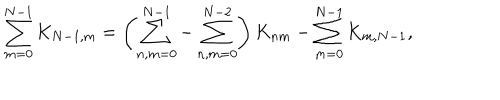
\sum _ { m = 0 } ^ { N - 1 } K _ { N - 1 , m } = \left( \sum _ { n , m = 0 } ^ { N - 1 } - \sum _ { n , m = 0 } ^ { N - 2 } \right) K _ { n m } - \sum _ { m = 0 } ^ { N - 1 } K _ { m , N - 1 } ,